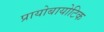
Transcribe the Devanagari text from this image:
प्रायोबायोटिक